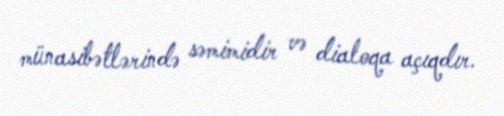
münasibətlərində səmimidir və dialoqa açıqdır.